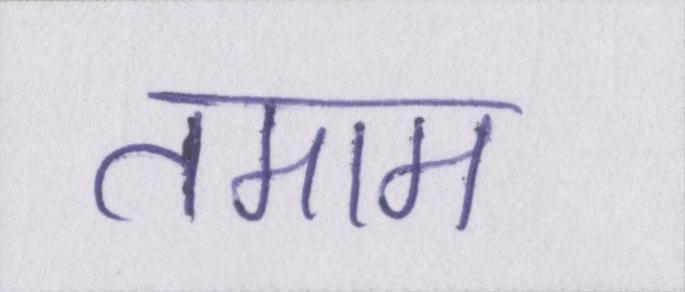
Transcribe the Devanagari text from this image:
तमाम